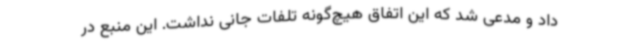
داد و مدعی شد که این اتفاق هیچ‌گونه تلفات جانی نداشت. این منبع در